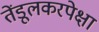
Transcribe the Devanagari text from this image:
तेंडूलकरपेक्षा